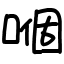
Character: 嗰